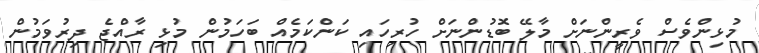
މުޅިންވެސް ވެރީންނަށް މާލޭ ބޮޑުންނަށް ހުރިހައި ކަންކަމެއް ބަހަމުން މުޅި ރާއްޖެ ދިރުވަމުން